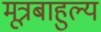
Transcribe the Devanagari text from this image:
मूत्रबाहुल्य